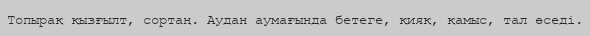
Топырақ қызғылт, сортаң. Аудан аумағында бетеге, қияқ, қамыс, тал өседі.